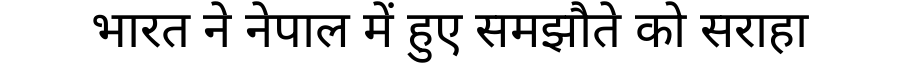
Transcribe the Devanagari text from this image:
भारत ने नेपाल में हुए समझौते को सराहा